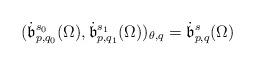
LaTeX: \begin{align*} (\dot{\mathfrak{b}}^{s_0}_{p,q_0}(\Omega),\dot{\mathfrak{b}}^{s_1}_{p,q_1}(\Omega))_{\theta,q}=\dot{\mathfrak{b}}^{s}_{p,q}(\Omega)\end{align*}